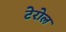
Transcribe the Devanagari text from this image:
टेरोल